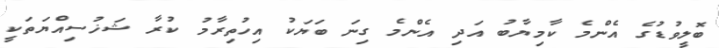
ބޮލީވުޑުގެ އެންމެ ކާމިޔާބު އަދި އެންމެ ގިނަ ބަޔަކު އިހުތިރާމު ކުރާ ޝަޚުސިއްޔަތަކީ